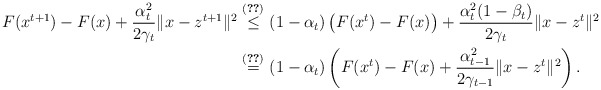
\begin{align*}F(x^{t+1})-F(x)+\frac{\alpha_t^2}{2\gamma_t}\|x-z^{t+1}\|^2\overset{\eqref{F-ineq}}{\leq}\ &(1-\alpha_t)\left(F(x^t)-F(x)\right)+\frac{\alpha_{t}^2(1-\beta_t)}{2\gamma_{t}}\|x-z^t\|^2\\\overset{\eqref{alpha-eqn}}{=}\ &(1-\alpha_t)\left(F(x^t)-F(x)+\frac{\alpha_{t-1}^2}{2\gamma_{t-1}}\|x-z^t\|^2\right).\end{align*}